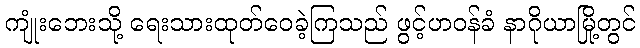
ကျုံးဘေးသို့ ရေးသားထုတ်ဝေခဲ့ကြသည် ဖွင့်ဟဝန်ခံ နာဂိုယာမြို့တွင်